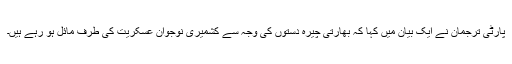
پارٹی ترجمان نے ایک بیان میں کہا کہ بھارتی چیرہ دستوں کی وجہ سے کشمیری نوجوان عسکریت کی طرف مائل ہو رہے ہیں۔